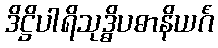
ဒိဋ္ဌိပါရိသုဒ္ဓိပဓာနိယင်္ဂံ